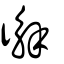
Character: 𢖆